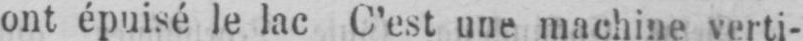
ont épuisé le lac C’est une machine verti-